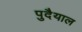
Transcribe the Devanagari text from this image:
पुदैयाल